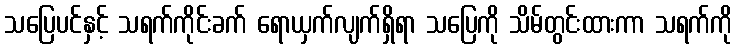
သပြေပင်နှင့် သရက်ကိုင်းခက် ရောယှက်လျက်ရှိရာ သပြေကို သိမ်တွင်းထားကာ သရက်ကို